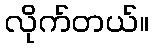
လိုက်တယ်။